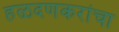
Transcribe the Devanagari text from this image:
हळदणकरांचा